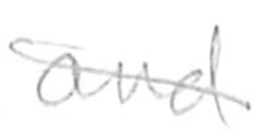
Text: and
Cross-out: diagonal
Writing tool: pencil